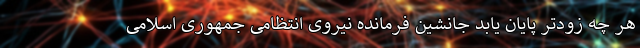
هر چه زودتر پایان یابد جانشین فرمانده نیروی انتظامی جمهوری اسلامی